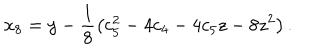
LaTeX: x _ { 8 } = y - \frac { 1 } { 8 } \left( c _ { 5 } ^ { 2 } - 4 c _ { 4 } - 4 c _ { 5 } z - 8 z ^ { 2 } \right) .